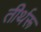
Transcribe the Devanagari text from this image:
तीर्थरू